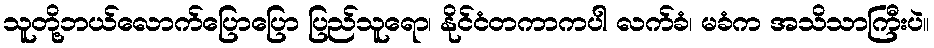
သူတို့ဘယ်လောက်ပြောပြော ပြည်သူရော၊ နိုင်ငံတကာကပါ လက်ခံ၊ မခံက အသိသာကြီးပဲ။